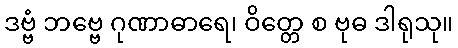
ဒဗ္ဗံ ဘဗ္ဗေ ဂုဏာဓာရေ၊ ဝိတ္တေ စ ဗုဓ ဒါရုသု။